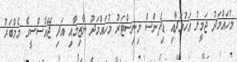
މުހައްމަދު ޖަމީލު އަހުމަދާއި ޑިފެންސް މިނިސްޓަރު މުހައްމަދު ނާޒިމާއި އަދި ޖޭއެސްސީގެ މެމްބަރު